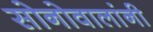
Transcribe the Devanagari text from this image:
सोनोवालांनी